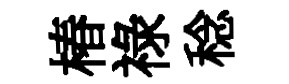
椿祿稔